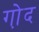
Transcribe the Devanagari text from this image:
गो़द